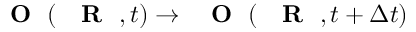
\mathrm { ~ { ~ \bf ~ O ~ } ~ } ( \mathrm { ~ { ~ \bf ~ R ~ } ~ } , t ) \to \mathrm { ~ { ~ \bf ~ O ~ } ~ } ( \mathrm { ~ { ~ \bf ~ R ~ } ~ } , t + \Delta t )